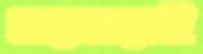
গুরগুরাই